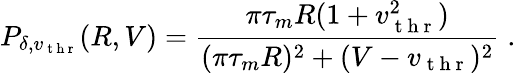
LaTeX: P_{\delta,v_{\mathrm{~t~h~r~}}}(R,V)=\frac{\pi\tau_{m}R(1+v_{\mathrm{~t~h~r~}}^{2})}{(\pi\tau_{m}R)^{2}+(V-v_{\mathrm{~t~h~r~}})^{2}}\; .